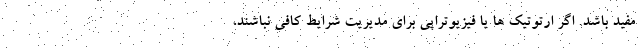
مفید باشد. اگر ارتوتیک ها یا فیزیوتراپی برای مدیریت شرایط کافی نباشند،